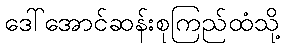
ဒေါ်အောင်ဆန်းစုကြည်ထံသို့